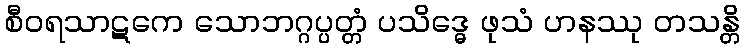
စီဝရသာဋကေ သောဘဂ္ဂပ္ပတ္တံ ပသိဒ္ဓေ ဖုသံ ဟနဿု တသန္တိ